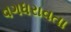
વગધરાવતા